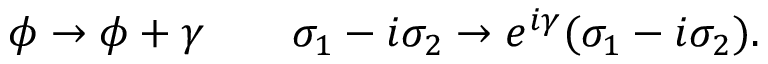
\phi \rightarrow \phi + \gamma \qquad \sigma _ { 1 } - i \sigma _ { 2 } \rightarrow e ^ { i \gamma } ( \sigma _ { 1 } - i \sigma _ { 2 } ) .